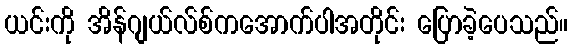
ယင်းကို အိန်ဂျယ်လ်စ်ကအောက်ပါအတိုင်း ပြောခဲ့ပေသည်။